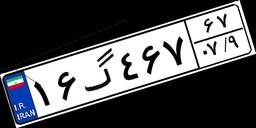
۱۶گ۴۶۷۶۷